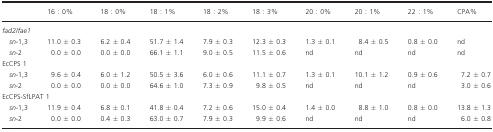
<table><thead><tr><td></td><td><b>16 : 0%</b></td><td><b>18 : 0%</b></td><td><b>18 : 1%</b></td><td><b>18 : 2%</b></td><td><b>18 : 3%</b></td><td><b>20 : 0%</b></td><td><b>20 : 1%</b></td><td><b>22 : 1%</b></td><td><b>CPA%</b></td></tr></thead><tbody><tr><td colspan="10"><i>fad2/fae1</i></td></tr><tr><td><i>sn</i>‐1,3</td><td>11.0 ± 0.3</td><td>6.2 ± 0.4</td><td>51.7 ± 1.4</td><td>7.9 ± 0.3</td><td>12.3 ± 0.3</td><td>1.3 ± 0.1</td><td>8.4 ± 0.5</td><td>0.8 ± 0.0</td><td>nd</td></tr><tr><td><i>sn</i>‐2</td><td>0.0 ± 0.0</td><td>0.0 ± 0.0</td><td>66.1 ± 1.1</td><td>9.0 ± 0.5</td><td>11.5 ± 0.6</td><td>nd</td><td>nd</td><td>nd</td><td>nd</td></tr><tr><td colspan="10">EcCPS 1</td></tr><tr><td><i>sn</i>‐1,3</td><td>9.6 ± 0.4</td><td>6.0 ± 1.2</td><td>50.5 ± 3.6</td><td>6.0 ± 0.6</td><td>11.1 ± 0.7</td><td>1.3 ± 0.1</td><td>10.1 ± 1.2</td><td>0.9 ± 0.6</td><td>7.2 ± 0.7</td></tr><tr><td><i>sn</i>‐2</td><td>0.0 ± 0.0</td><td>0.0 ± 0.0</td><td>64.6 ± 1.0</td><td>7.3 ± 0.9</td><td>9.8 ± 0.5</td><td>nd</td><td>nd</td><td>nd</td><td>3.0 ± 0.6</td></tr><tr><td colspan="10">EcCPS‐SfLPAT 1</td></tr><tr><td><i>sn</i>‐1,3</td><td>11.9 ± 0.4</td><td>6.8 ± 0.1</td><td>41.8 ± 0.4</td><td>7.2 ± 0.6</td><td>15.0 ± 0.4</td><td>1.4 ± 0.0</td><td>8.8 ± 1.0</td><td>0.8 ± 0.0</td><td>13.8 ± 1.3</td></tr><tr><td><i>sn</i>‐2</td><td>0.0 ± 0.0</td><td>0.4 ± 0.3</td><td>63.0 ± 0.7</td><td>7.9 ± 0.3</td><td>9.9 ± 0.6</td><td>nd</td><td>nd</td><td>nd</td><td>6.0 ± 0.8</td></tr></tbody></table>